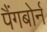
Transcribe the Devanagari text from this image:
पैंगबोर्न